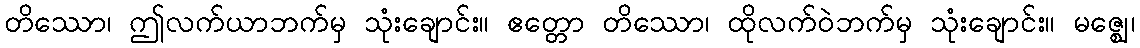
တိဿော၊ ဤလက်ယာဘက်မှ သုံးချောင်း။ ဧတ္တော တိဿော၊ ထိုလက်ဝဲဘက်မှ သုံးချောင်း။ မဇ္ဈေ၊